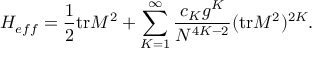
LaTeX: H _ { e f f } = \frac { 1 } { 2 } \mathrm { t r } M ^ { 2 } + \sum _ { K = 1 } ^ { \infty } \frac { c _ { K } g ^ { K } } { N ^ { 4 K - 2 } } ( \mathrm { t r } M ^ { 2 } ) ^ { 2 K } .